Indian journal of veterinary science and animal husbandry - Volume 11,
Year: 1941
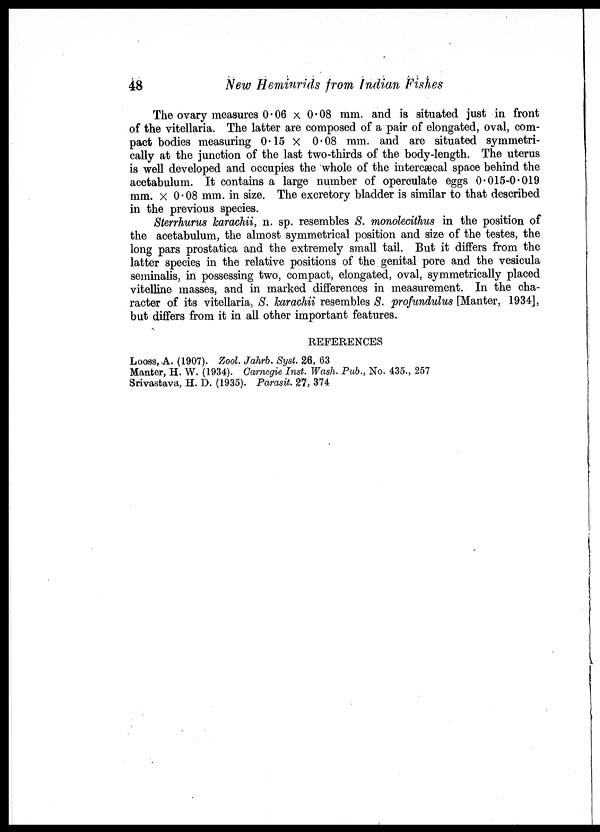
48
New Hemiurids from Indian Fishes
The ovary measures 0.06 × 0. 08 mm. and is situated just in front
of the vitellaria. The latter are composed of a pair of elongated, oval, com-
pact bodies measuring 0.15 × 0.08 mm. and are situated symmetri-
cally at the junction of the last two-thirds of the body-length. The uterus
is well developed and occupies the whole of the intercæcal space behind the
acetabulum. It contains a large number of operculate eggs 0.015-0.019
mm. × 0.08 mm. in size. The excretory bladder is similar to that described
in the previous species.
Sterrhurus karachii, n. sp. resembles S. monolecithus in the position of
the acetabulum, the almost symmetrical position and size of the testes, the
long pars prostatica and the extremely small tail. But it differs from the
latter species in the relative positions of the genital pore and the vesicula
seminalis, in possessing two, compact, elongated, oval, symmetrically placed
vitelline masses, and in marked differences in measurement. In the cha-
racter of its vitellaria, S. karachii resembles S. profundulus [Manter, 1934],
but differs from it in all other important features.
REFERENCES
Looss,. A. (1907). Zool. Jahrb. Syst. 26, 63
Manter, H. W. (1934). Carnegie Inst. Wash. Pub. , No. 435., 257
Srivastava, H. D. (1935). Parasit. 27, 374